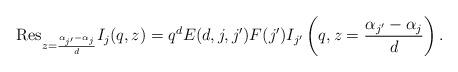
LaTeX: \begin{align*}{\mathrm{Res}}_{z=\frac{\alpha_{j'}-\alpha_j}{d}}I_j(q,z)=q^dE(d,j,j')F(j')I_{j'}\left(q,z=\frac{\alpha_{j'}-\alpha_j}{d}\right).\end{align*}